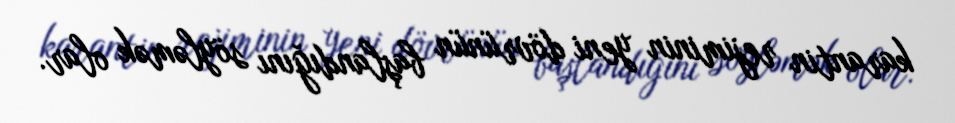
karantin rejiminin yeni dövrünün başlandığını söyləmək olar.